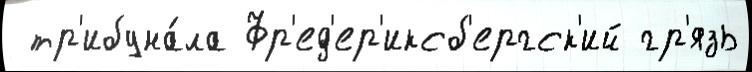
 тр'ибуна́ла Фр'ед'ер'иксб'ергск'ий гр'язь